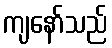
ကျနော်သည်